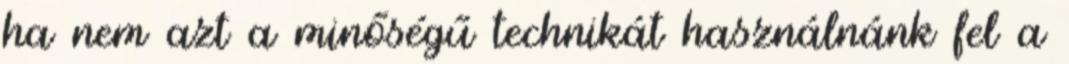
ha nem azt a minőségű technikát használnánk fel a